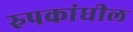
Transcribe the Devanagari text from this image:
रुपकांधील